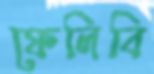
ফেলিবি